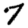
Digit: 7